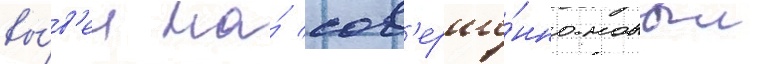
вы́в'ел на́ сов'ерше́нно новыи